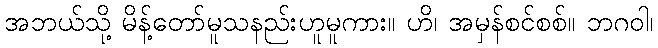
အဘယ်သို့ မိန့်တော်မူသနည်းဟူမူကား။ ဟိ၊ အမှန်စင်စစ်။ ဘဂဝါ၊